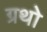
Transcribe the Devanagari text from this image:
ग्रथो